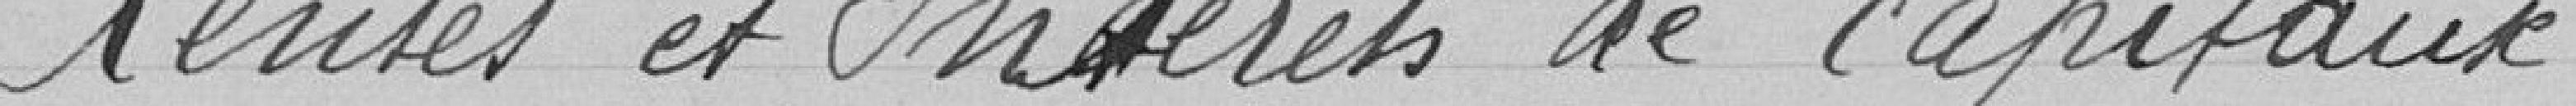
Rentes et Intérêts de capitaux